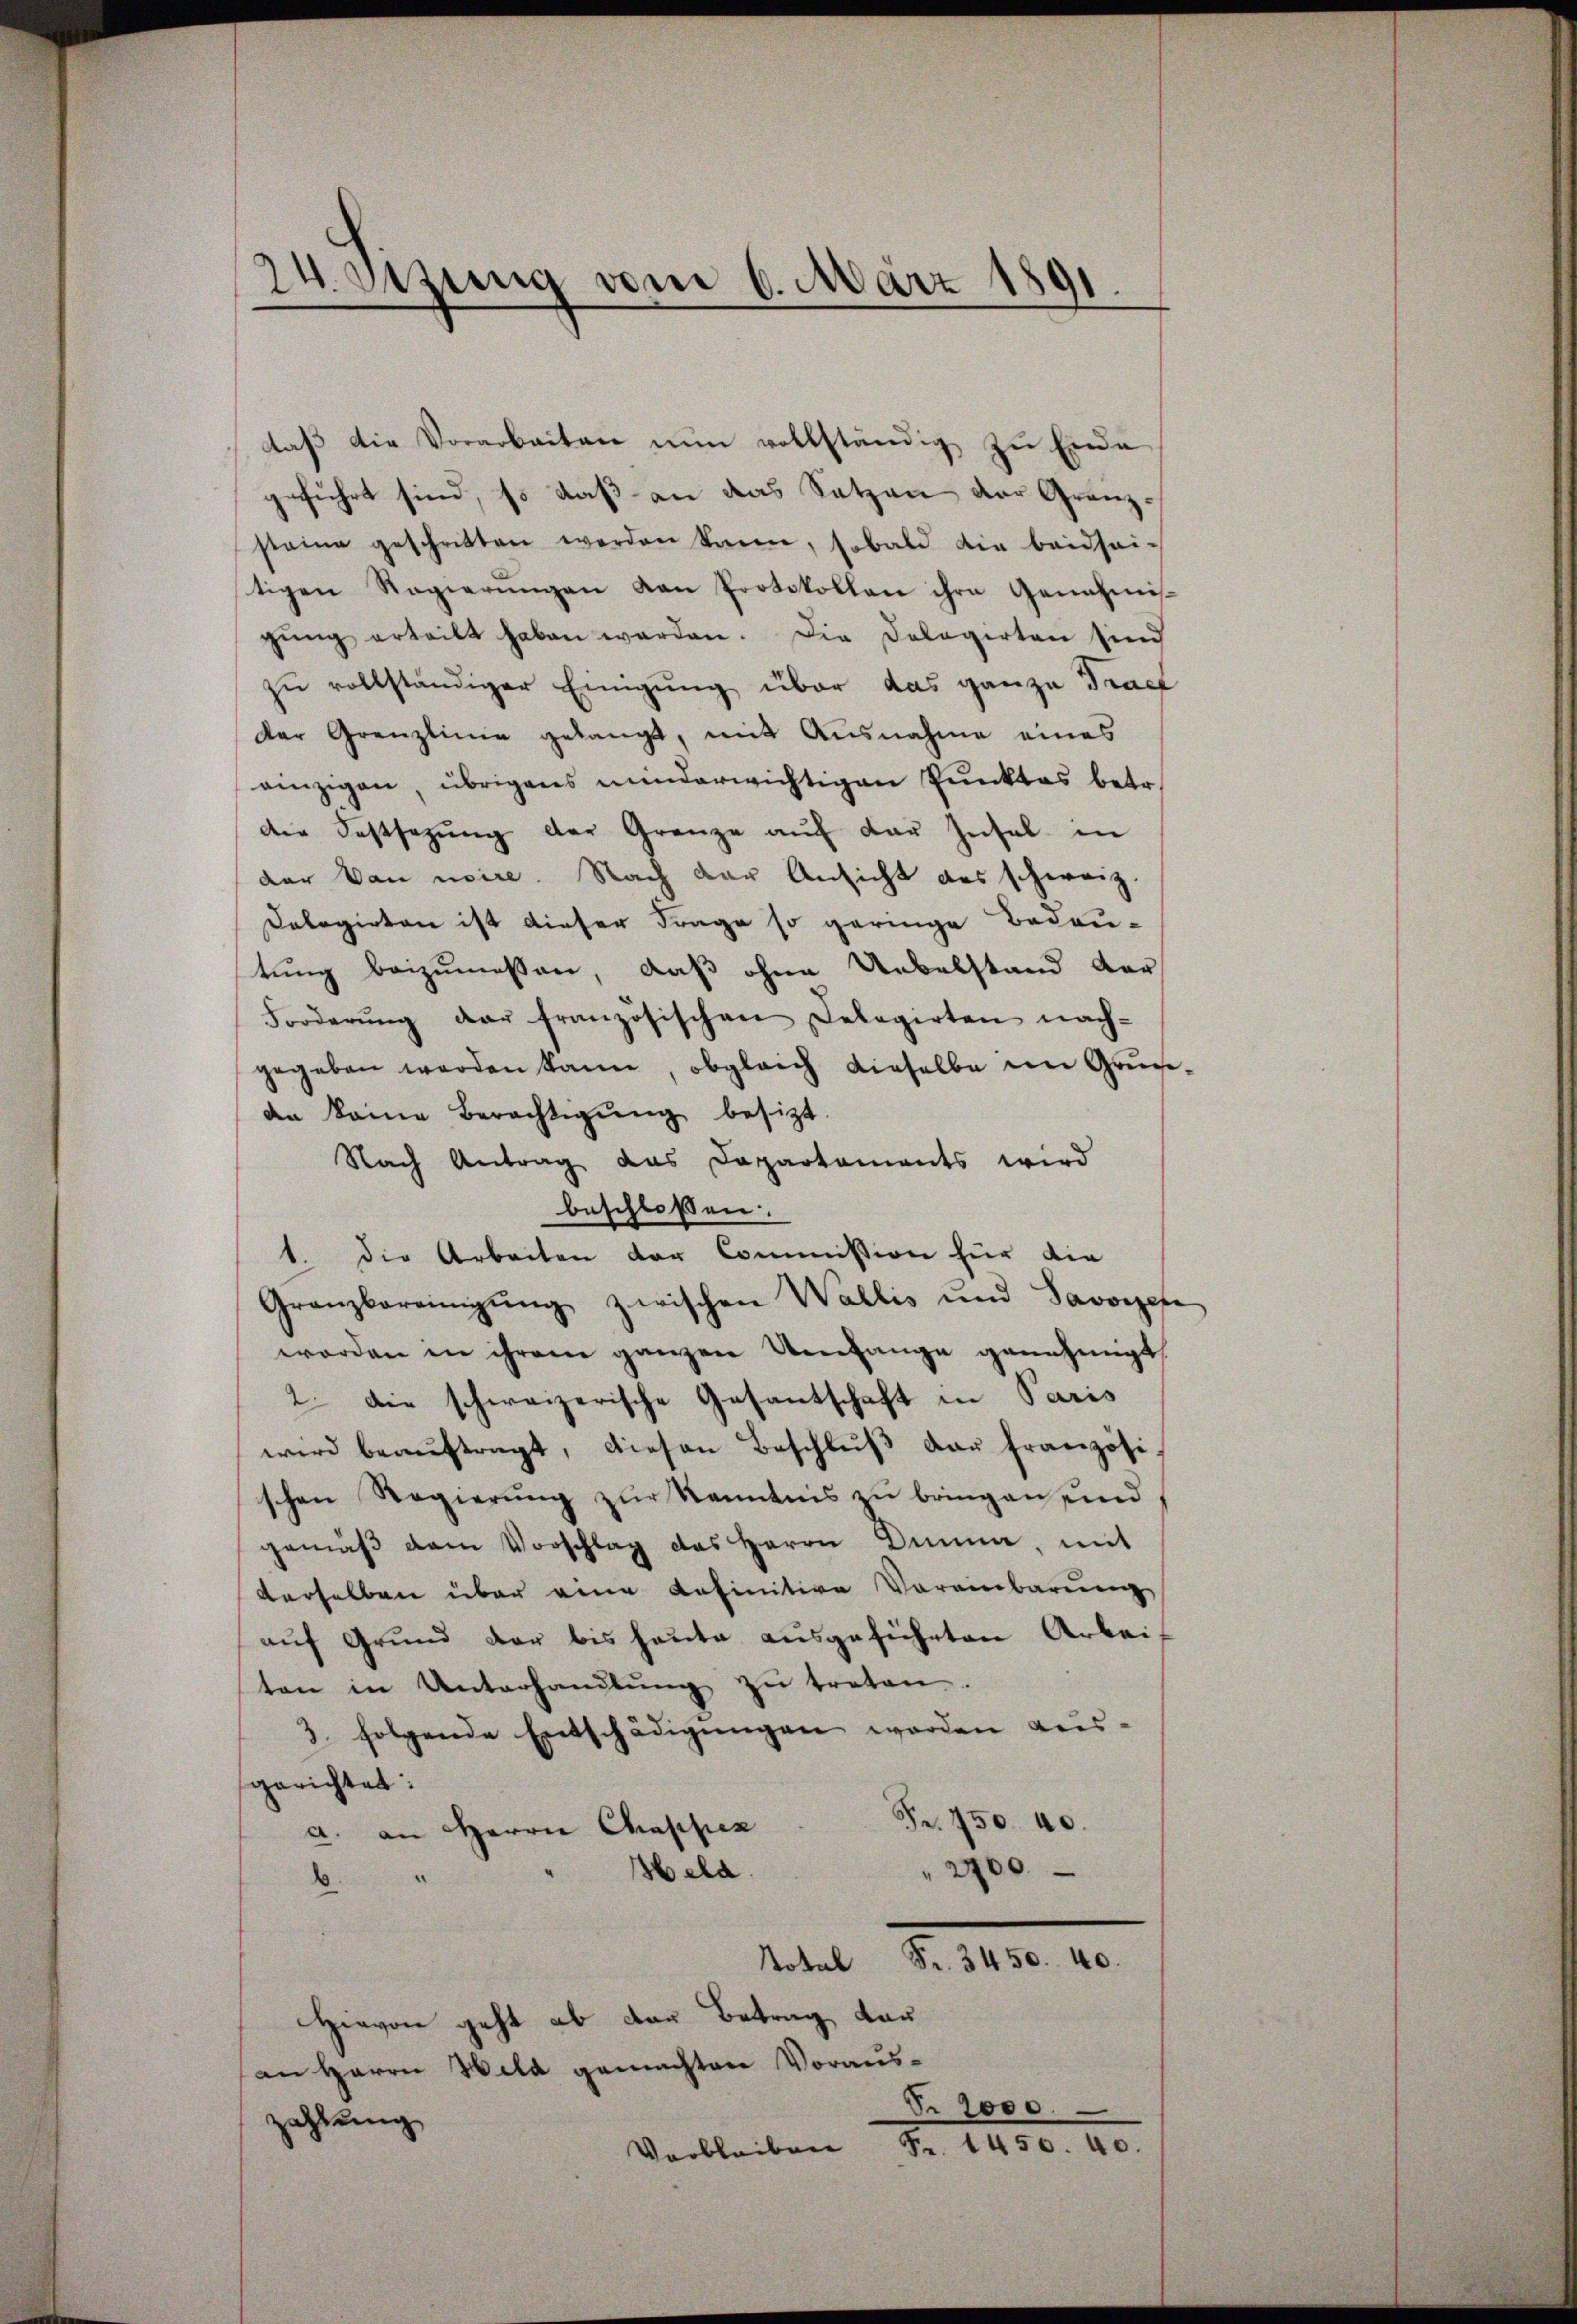
24. Sitzung vom 6. März 1891

daβ die Vorarbeiten nŭn vollständig zŭ Ende
geführt sind, so daß an das Setzen der Granzstaine geschritten werden könne, sobald die beidsei-
tigen Regierŭngen von Protokollen ihre Genehmis-
gŭng erteilt haben werden. Die Dolagirten sind
zu vollständiger Einigung über das ganze Tract
der Grenzlinie gelangt, mit Ausnahme eines
einzigen, übrigens minderwichtigen Punktes betr.
die Festsezŭng der Gränze aŭf der Insel in
dar von usire. Nach der Ansicht des schweiz.
Dologirten ist dieser Frage so geringe Bedau-
tung beizumessen, daß ohne Uebelstand der
Forderŭng der französischen Delegirten nach-
gegeben werden kann, obgleich dieselbe im Grundn keine Berechtigŭng besitzt.
Nach Antrag das Departaments wird
beschloßen:
1. die Arbeiten der Commission für die
Granzbereinigung zwischen Wallis und Savongese
worden in ihrem ganzen Umfange genehmigt
2. die schweizerische Gesantschaft in Paris
wird beaŭftragt, diesen Beschlŭβ der französi-
schen Regierung zur Kenntnis zu bringen und
gemäβ dem Vorschlag des Herrn Anna, mit
derselben über eine befinitive Voreinbarung
auf Grund der bis heute ausgeführten Arbei
ten in Unterhandlŭng zŭ treten.
3. folgende Entschädigŭngen worden aus.
gerichtet:
Fr. 750. 40.
a. an Herrn Chassen
Held.
" 2700.
b.
Total Fr. 3450. 40.
Hievon geht ab von Betrag, Lau
an Herrn Wild gemachten Voraus¬
§. 2000
zahlung
Verbleiben Fr. 1450. 40.